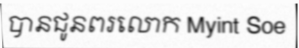
បានជូនពរលោក Myint Soe